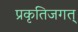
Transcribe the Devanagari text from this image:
प्रकृतिजगत्‌